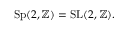
\operatorname { S p } ( 2 , \mathbb { Z } ) = \operatorname { S L } ( 2 , \mathbb { Z } ) .